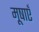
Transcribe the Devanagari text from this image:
मूषाएँ